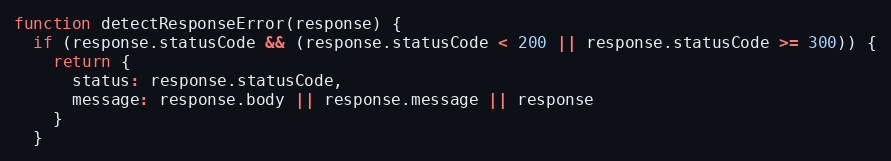
Language: JavaScript
function detectResponseError(response) {
  if (response.statusCode && (response.statusCode < 200 || response.statusCode >= 300)) {
    return {
      status: response.statusCode,
      message: response.body || response.message || response
    }
  }